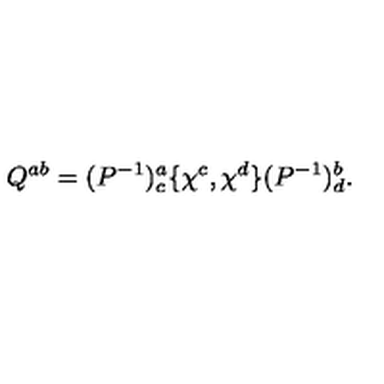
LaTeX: Q ^ { a b } = ( P ^ { - 1 } ) _ { c } ^ { a } \{ \chi ^ { c } , \chi ^ { d } \} ( P ^ { - 1 } ) _ { d } ^ { b } .